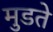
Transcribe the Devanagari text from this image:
मुडते